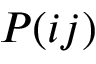
P ( i j )